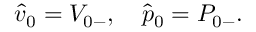
\begin{array} { r } { \hat { v } _ { 0 } = { V } _ { 0 - } , \quad \hat { p } _ { 0 } = { P } _ { 0 - } . } \end{array}